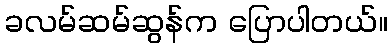
ခလမ်ဆမ်ဆွန်က ပြောပါတယ်။